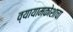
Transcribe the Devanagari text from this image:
व्यायामकोशाचा